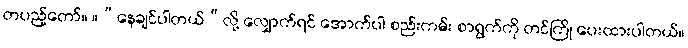
တပည့်တော်။ ။“နေချင်ပါတယ်”လို့ လျှောက်ရင် အောက်ပါ စည်းကမ်း စာရွက်ကို တင်ကြို ပေးထားပါတယ်။